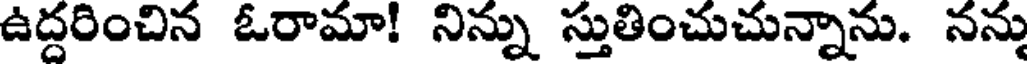
ఉద్దరించిన ఓరామా! నిన్ను స్తుతించుచున్నాను. నన్ను